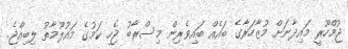
ޖުމްހޫރީ މައިދާނަށް މުޒާހަރާގެ ބައެއް ބައިވެރިން މިސްރާބު ޖެހި ކަމުގެ މައުލޫމާތު ލިބިއްޖެ.